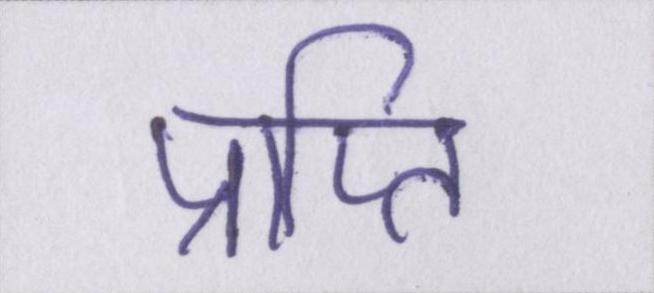
प्राप्ति